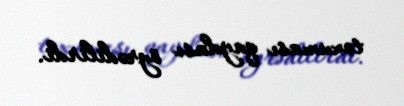
toxuması qaydası öyrədilirdi.